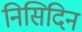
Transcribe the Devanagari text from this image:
निसिदिन